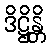
ဒိဋ္ဌိန္တိ